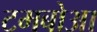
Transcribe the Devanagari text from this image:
टमबोआ